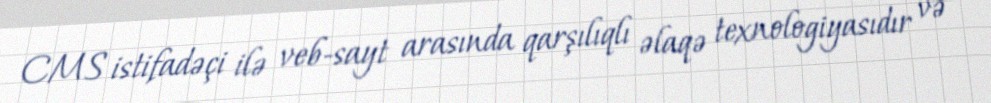
CMS istifadəçi ilə veb-sayt arasında qarşılıqlı əlaqə texnologiyasıdır və